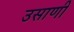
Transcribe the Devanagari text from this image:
उसाणी